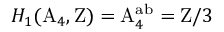
H _ { 1 } ( \mathrm { A } _ { 4 } , \mathrm { Z } ) = \mathrm { A } _ { 4 } ^ { \mathrm { a b } } = \mathrm { Z } / 3